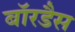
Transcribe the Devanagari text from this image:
बॉरडैस